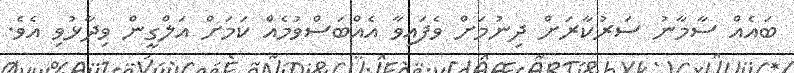
ބައެއް ސާމާނު ސަރުކާރަށް ދިނުމަށް ވެފައިވާ އެއްބަސްވުމެއް ކަމަށް އަލްގީން ވިދާޅުވި އެވެ.